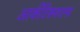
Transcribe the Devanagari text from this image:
आर्कीटेक्चरल्स